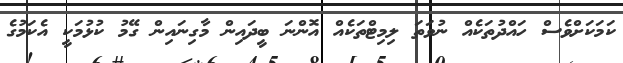
ކަމަކަށްވެސް ހައްދުތަކެއް ނުވަތަ ލިމިޓްތަކެއް އޮންނަ ބީދައިން މާގިނައިން ގޭމު ކުޅުމަކީ އެކަމުގެ